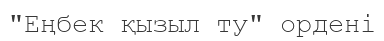
"Еңбек қызыл ту" ордені